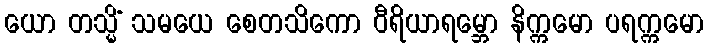
ယော တသ္မိံ သမယေ စေတသိကော ဝီရိယာရမ္ဘော နိက္ကမော ပရက္ကမော